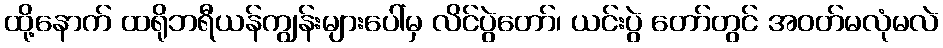
ထို့နောက် ထရိုဘရီယန်ကျွန်းများပေါ်မှ လိင်ပွဲတော်၊ ယင်းပွဲ တော်တွင် အဝတ်မလုံမလဲ